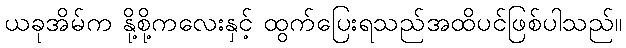
ယခုအိမ်က နို့စို့ကလေးနှင့် ထွက်ပြေးရသည်အထိပင်ဖြစ်ပါသည်။